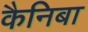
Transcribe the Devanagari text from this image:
कैनिबा